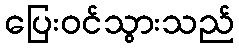
ပြေးဝင်သွားသည်